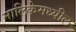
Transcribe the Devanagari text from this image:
मालिकेमध्यील